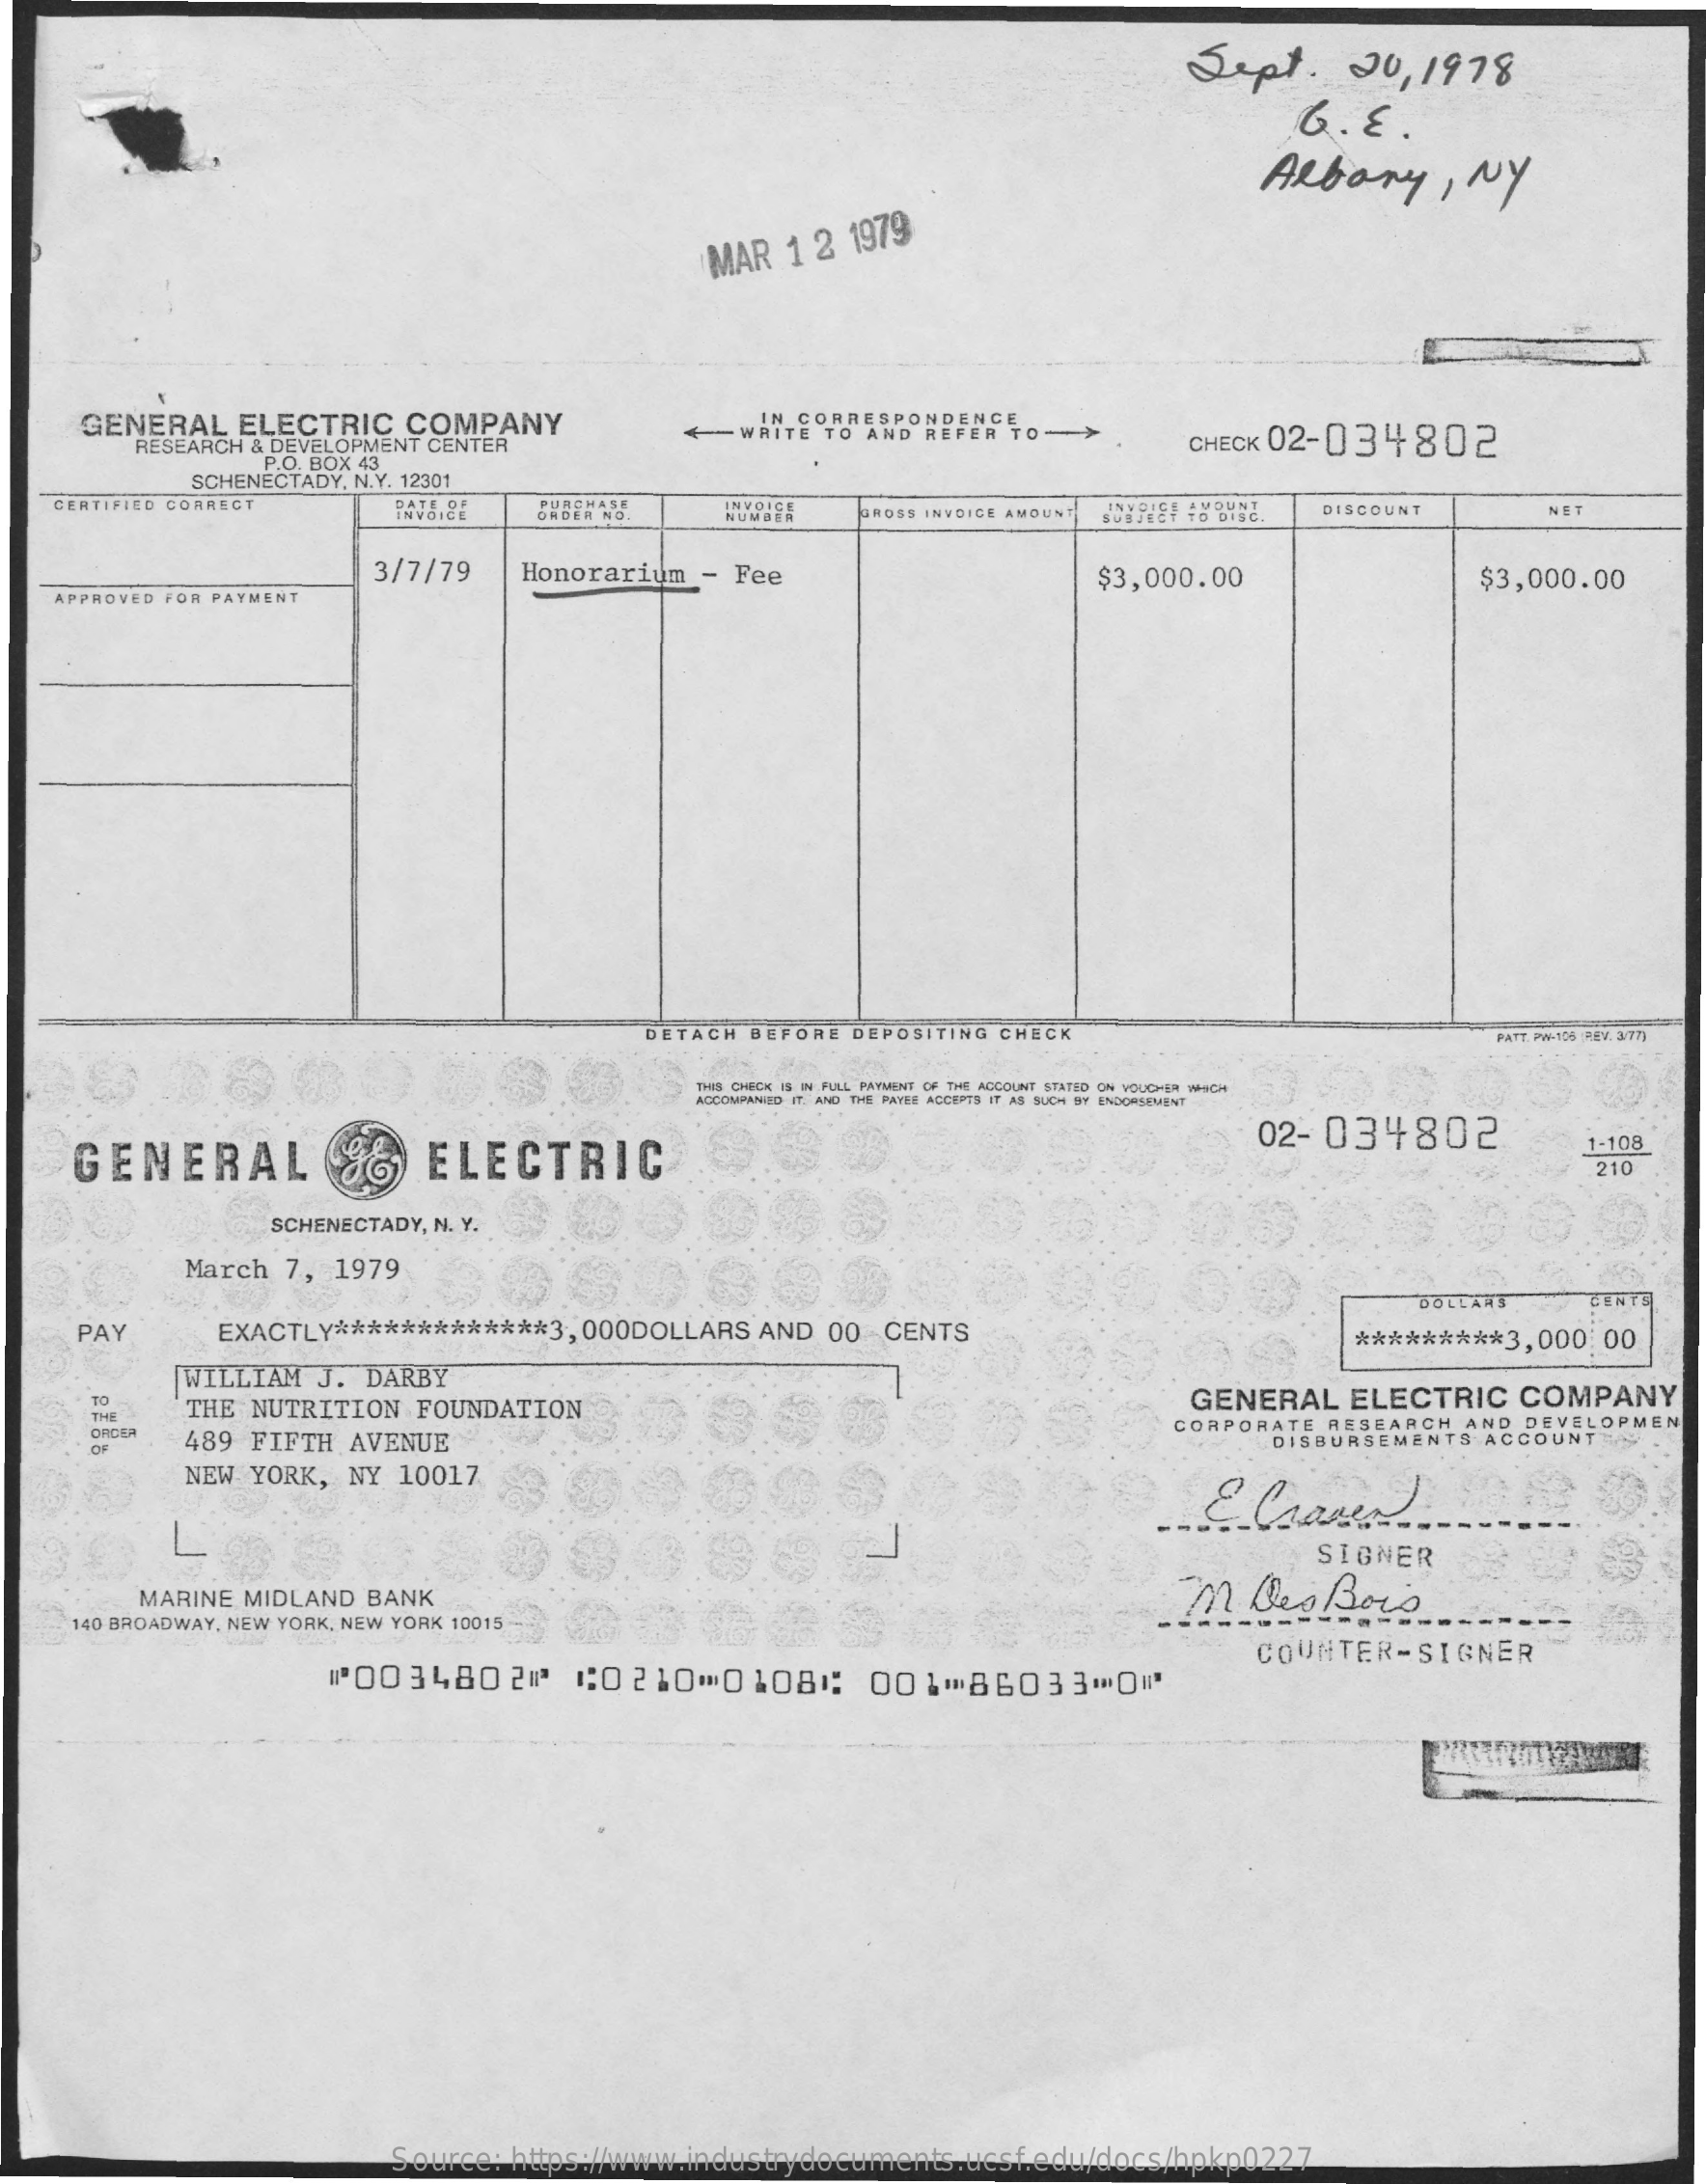
Sept.  20, 1978
     G.E.
     Albany, NY
     MAR 1 2 1979
    GENERAL ELECTRIC COMPANY  IN CORRESPONDENCE
     RESEARCH & DEVELOPMENT CENTER
     +WRITE TO TO AND REFER TO-> CHECK 02-034802
     P.O. BOX 43
     SCHENECTADY, N.Y. 12301
   CERTIFIED CORRECT  ORDER NO. NUMBER GROSS INVOICE AMOUNT DISCOUNT NET
     3/7/79 Honorarium - Fee    $3,000.00    $3,000.00
   APPROVED FOR PAYMENT
     DETACH BEFORE DEPOSITING CHECK    PATT. PV-105 (REV. 377)
     THIS CHECK IS IN FULL PAYMENT OF THE ACCOUNT STATED ON VOUCHER WHICH
     ACCOMPANIED IT. AND THE PAYER ACCEPTS IT AS SUCH SY ENDORSEMENT
   GENERAL    ELECTRIC
     02- 034802   1-108
     210
     SCHENECTADY, N. Y.
     March 7, 1979
     DOLL
   PAY   EXACTLY ************* 3,000DOLLARS AND 00 CENTS ********* 3,000: 00
     WILLIAM J. DARBY
    TO  THE NUTRITION FOUNDATION    GENERAL ELECTRIC COMPANY
    ORDER    CORPORATE RESEARCH AND DEVELOPMEN
    OF  489 FIFTH AVENUE    DISBURSEMENTS ACCOUNT __
     NEW YORK, NY 10017
     SIGNER
     MARINE MIDLAND BANK    .m Des Bois .......
   140 BROADWAY, NEW YORK, NEW YORK 10015
     "003480200 1:0210 0108: 00 1086033-OW
     COUNTER-SIGNER
     Source: https://www.industrydocuments.ucsf.edu/docs/hpkp0227